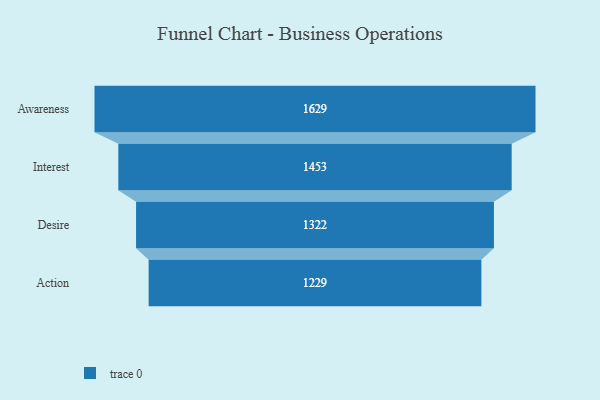
{"axis": {"x": "Stage", "y": "Value"}, "legend": [""], "data": [{"x": "Awareness", "y": 1629.0, "type": ""}, {"x": "Interest", "y": 1453.0, "type": ""}, {"x": "Desire", "y": 1322.0, "type": ""}, {"x": "Action", "y": 1229.0, "type": ""}]}